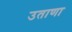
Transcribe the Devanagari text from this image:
उताणा